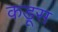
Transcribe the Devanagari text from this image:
कडूस